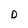
Character: D